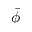
\bar { \phi }